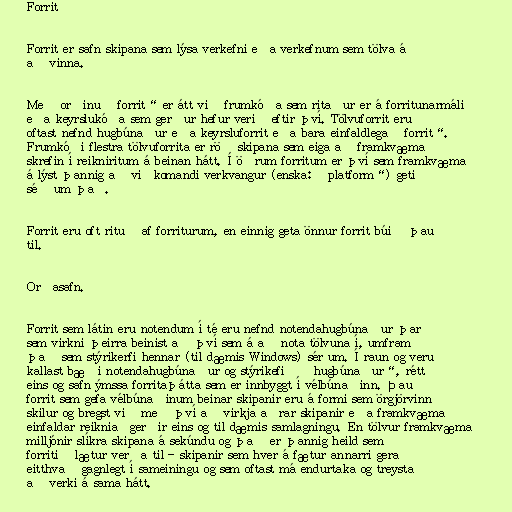
Forrit

Forrit er safn skipana sem lýsa verkefni eða verkefnum sem tölva á
að vinna.

Með orðinu „forrit“ er átt við frumkóða sem ritaður er á forritunarmáli
eða keyrslukóða sem gerður hefur verið eftir því. Tölvuforrit eru
oftast nefnd hugbúnaður eða keyrsluforrit eða bara einfaldlega „forrit“.
Frumkóði flestra tölvuforrita er röð skipana sem eiga að framkvæma
skrefin í reikniritum á beinan hátt. Í öðrum forritum er því sem framkvæma
á lýst þannig að viðkomandi verkvangur (enska: „platform“) geti
séð um það.

Forrit eru oft rituð af forriturum, en einnig geta önnur forrit búið þau
til.

Orðasafn.

Forrit sem látin eru notendum í té eru nefnd notendahugbúnaður þar
sem virkni þeirra beinist að því sem á að nota tölvuna í, umfram
það sem stýrikerfi hennar (til dæmis Windows) sér um. Í raun og veru
kallast bæði notendahugbúnaður og stýrikefið „hugbúnaður“, rétt
eins og safn ýmssa forritaþátta sem er innbyggt í vélbúnaðinn. Þau
forrit sem gefa vélbúnaðinum beinar skipanir eru á formi sem örgjörvinn
skilur og bregst við með því að virkja aðrar skipanir eða framkvæma
einfaldar reikniaðgerðir eins og til dæmis samlagningu. En tölvur framkvæma
milljónir slíkra skipana á sekúndu og það er þannig heild sem
forritið lætur verða til - skipanir sem hver á fætur annarri gera
eitthvað gagnlegt í sameiningu og sem oftast má endurtaka og treysta
að verki á sama hátt.